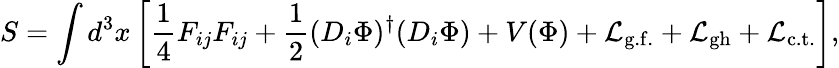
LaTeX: S=\int d^{3}x\left[\frac{1}{4}F_{ij}F_{ij}+\frac{1}{2}(D_{i}\Phi)^{\dagger}(D_{i}\Phi)+V(\Phi)+{\cal L}_{\mathrm{g.f.}}+{\cal L}_{\mathrm{gh}}+{\cal L}_{\mathrm{c.t.}}\right],